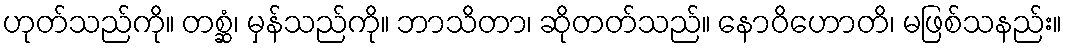
ဟုတ်သည်ကို။ တစ္ဆံ၊ မှန်သည်ကို။ ဘာသိတာ၊ ဆိုတတ်သည်။ နောဝိဟောတိ၊ မဖြစ်သနည်း။